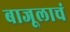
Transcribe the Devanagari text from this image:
बाजूलाचं